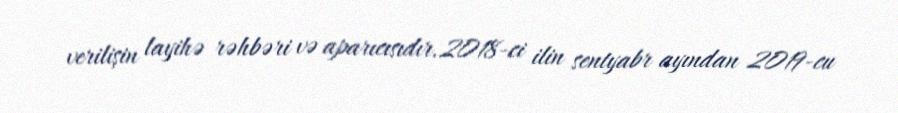
verilişin layihə rəhbəri və aparıcısıdır.2018-ci ilin sentyabr ayından 2019-cu